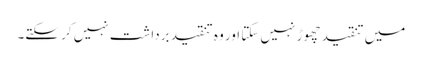
میں تنقید چھوڑ نہیں سکتا اور وہ تنقید برداشت نہیں کر سکتے۔